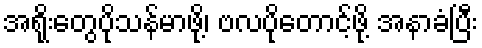
အရိုးတွေပိုသန်မာဖို့၊ ဗလပိုတောင့်ဖို့ အနာခံပြီး